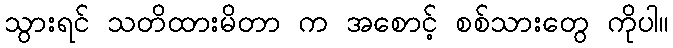
သွားရင် သတိထားမိတာ က အစောင့် စစ်သားတွေ ကိုပါ။